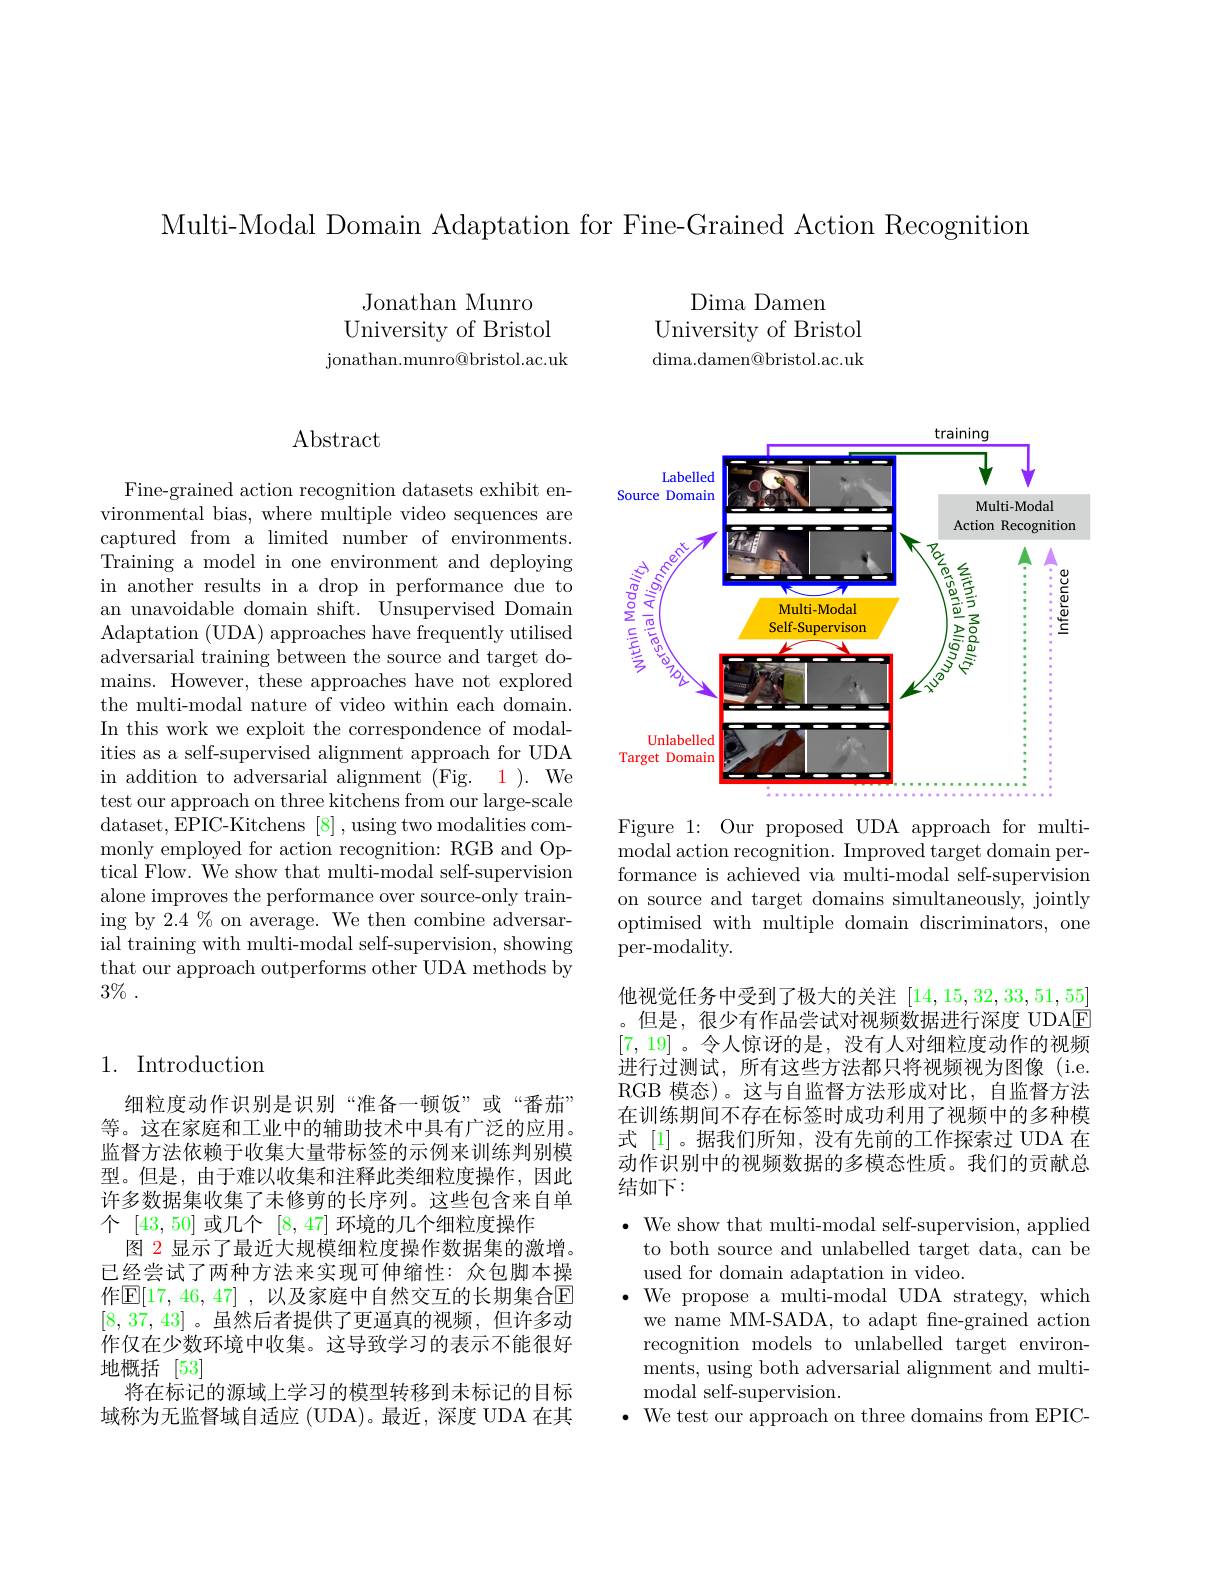
Multi-Modal Domain Adaptation for Fine-Grained Action Recognition

Jonathan Munro University of Bristol jonathan. munro@ bristol. ac. uk

# $\operatorname{Abstract}$

Fine-grained action recognition datasets exhibit environmental bias, where multiple video sequences are captured from a limited number of environments. Training a model in one environment and deploying in another results in a drop in performance due to an unavoidable domain shift. Unsupervised Domain Adaptation (UDA) approaches have frequently utilised adversarial training between the source and target domains. However, these approaches have not explored the multi-modal nature of video within each domain. In this work we exploit the correspondence of modalities as a self-supervised alignment approach for UDA in addition to adversarial alignment (Fig. 1). We test our approach on three kitchens from our large-scale dataset, EPIC- Kitchens [ 8] , using two modalities com- monly employed for action recognition: RGB and Optical Flow. We show that multi-modal self-supervision alone improves the performance over source-only training by 2.4 % on average. We then combine adversarial training with multi-modal self-supervision, showing that our approach outperforms other UDA methods by $3\%$ .

## 1. Introduction

细粒度动作识别是识别“准备一顿饭”或“番茄” 等。这在家庭和工业中的辅助技术中具有广泛的应用。监督方法依赖于收集大量带标签的示例来训练判别模型。但是，由于难以收集和注释此类细粒度操作，因此许多数据集收集了未修剪的长序列。这些包含来自单个[43,50]或几个[8,47]环境的几个细粒度操作
图 2 显示了最近大规模细粒度操作数据集的激增。已经尝试了两种方法来实现可伸缩性：众包脚本操作$\mathbb{E}[17,46,47]$ ,以及家庭中自然交互的长期集合$\mathbb{E}$ [8,37,43]。虽然后者提供了更逼真的视频，但许多动作仅在少数环境中收集。这导致学习的表示不能很好地概括[53]
将在标记的源域上学习的模型转移到未标记的目标域称为无监督域自适应 (UDA)。最近，深度 UDA 在其

Dima Damen
University of Bristol dima. damen@ bristol. ac. uk

<FigureHere>

Figure 1: Our proposed UDA approach for multimodal action recognition. Improved target domain performance is achieved via multi-modal self-supervision on source and target domains simultaneously, jointly optimised with multiple domain discriminators, one per-modality.

他视觉任务中受到了极大的关注[14,15,32,33,51,55]
但是，很少有作品尝试对视频数据进行深度 UDAE [7,19]。令人惊讶的是，没有人对细粒度动作的视频进行过测试，所有这些方法都只将视频视为图像(i.e. RGB 模态)。这与自监督方法形成对比，自监督方法在训练期间不存在标签时成功利用了视频中的多种模式 [1]。据我们所知，没有先前的工作探索过 UDA 在动作识别中的视频数据的多模态性质。我们的贡献总结如下：

$\bullet$ We show that multi-modal self-supervision, applied
to both source and unlabelled target data, can be
used for domain adaptation in video.
$\bullet$ We propose a multi-modal UDA strategy, which
we name MM-SADA, to adapt fine-grained action recognition models to unlabelled target environments, using both adversarial alignment and multi- ${\mathrm{modal~self-supervision.}}$
$\bullet$ We test our approach on three domains from EPIC-